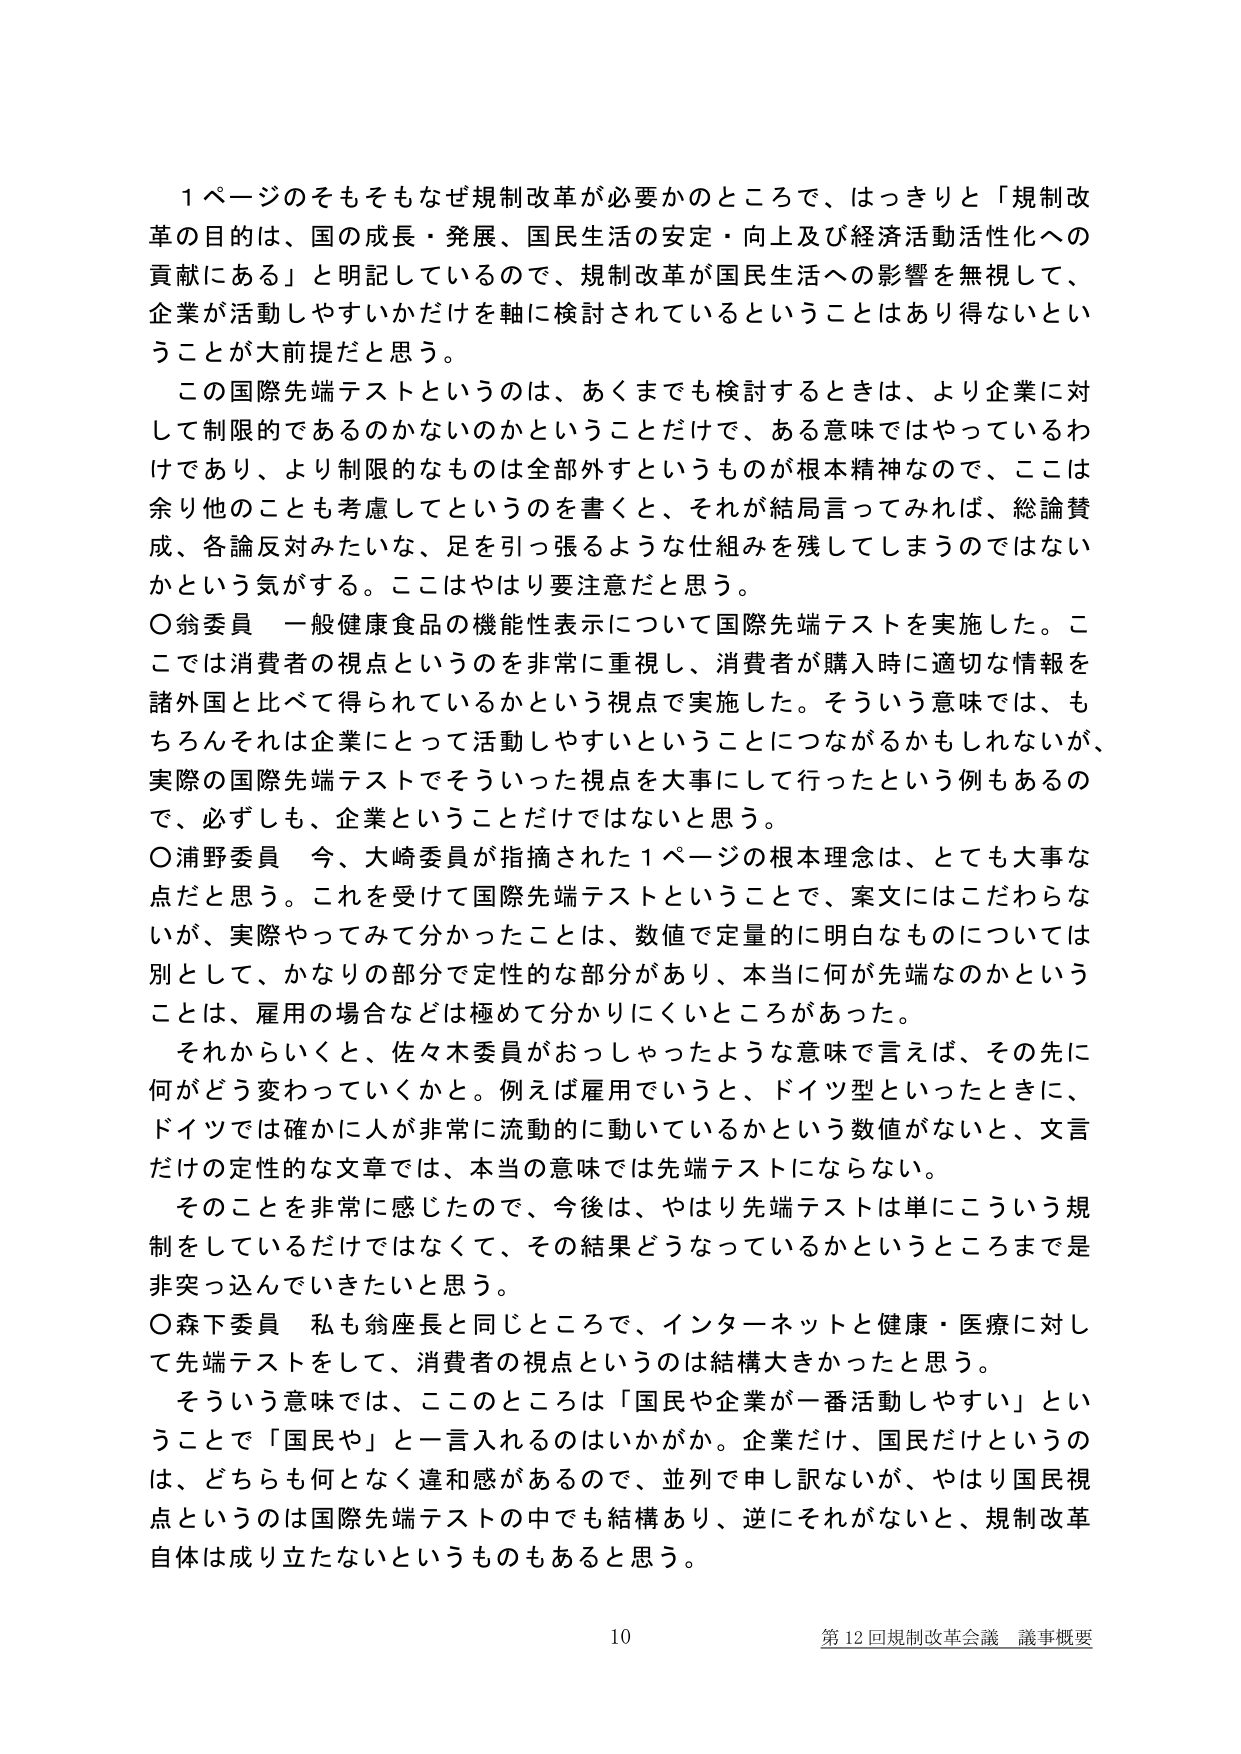
１ページのそもそもなぜ規制改革が必要かのところで、はっきりと「規制改革の目的は、国の成長・発展、国民生活の安定・向上及び経済活動活性化への貢献にある」と明記しているので、規制改革が国民生活への影響を無視して、企業が活動しやすいかだけを軸に検討されているということはあり得ないということが大前提だと思う。

この国際先端テストというのは、あくまでも検討するときは、より企業に対して制限的であるのかないのかということだけで、ある意味ではやっているわけであり、より制限的なものは全部外すというものが根本精神なので、ここは余り他のことも考慮してというのを書くと、それが結局言ってみれば、総論賛成、各論反対みたいな、足を引っ張るような仕組みを残してしまうのではないかという気がする。ここはやはり要注意だと思う。

〇翁委員　一般健康食品の機能性表示について国際先端テストを実施した。ここでは消費者の視点というのを非常に重視し、消費者が購入時に適切な情報を諸外国と比べて得られているかという視点で実施した。そういう意味では、もちろんそれは企業にとって活動しやすいということにつながるかもしれないが、実際の国際先端テストでそういった視点を大事にして行ったという例もあるので、必ずしも、企業ということだけではないと思う。

〇浦野委員　今、大崎委員が指摘された１ページの根本理念は、とても大事な点だと思う。これを受けて国際先端テストということで、案文にはこだわらないが、実際やってみて分かったことは、数値で定量的に明白なものについては別として、かなりの部分で定性的な部分があり、本当に何が先端なのかということは、雇用の場合などは極めて分かりにくいところがあった。

それからいくと、佐々木委員がおっしゃったような意味で言えば、その先に何がどう変わっていくかと。例えば雇用でいうと、ドイツ型といったときに、ドイツでは確かに人が非常に流動的に動いているかという数値がないと、文言だけの定性的な文章では、本当の意味では先端テストにならない。

そのことを非常に感じたので、今後は、やはり先端テストは単にこういう規制をしているだけではなくて、その結果どうなっているかというところまでは非突っ込んでいきたいと思う。

〇森下委員　私も翁座長と同じところで、インターネットと健康・医療に対して先端テストをして、消費者の視点というのは結構大きかったと思う。

そういう意味では、このところは「国民や企業が一番活動しやすい」ということで「国民や」と一言入れるのはいかがか。企業だけ、国民だけというのは、どちらも何となく違和感があるので、並列で申し訳ないが、やはり国民視点というのは国際先端テストの中でも結構あり、逆にそれがないと、規制改革自体は成り立たないというものもあると思う。

10 第12回規制改革会議 議事概要